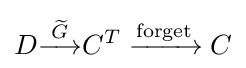
D{\overset {\widetilde {G}}{\longrightarrow }}C^{T}\xrightarrow {\text{forget}} C